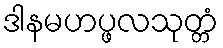
ဒါနမဟပ္ဖလသုတ္တံ